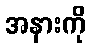
အနားကို